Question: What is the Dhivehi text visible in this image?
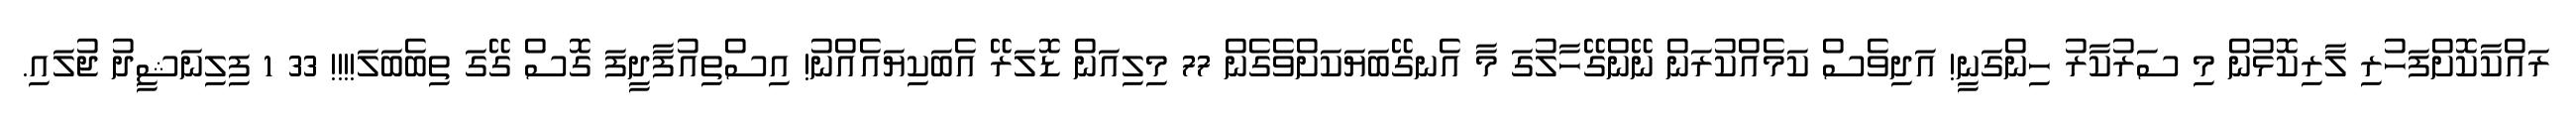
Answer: ރައްކާކޮށްފަހުރި ލާރިކޮޅުން މި ސަރުކާރު ހިންގަނީ! އަދިވެސް ކަމެއްކުރަން ނޭންގޭހާލުގަ މާ އެނގޭބަޔަކަށްވެގެން 77 މިލިއަން ޑޮލަރޭ އެބަކިޔައެއްނު! އިސްތިއުފާދީފަ ގޮސް ގޭގަ ތިބެބަލަ!!!! 33 1 ފިލިނަޝީދު ޖުލައި.